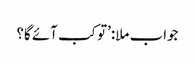
جواب ملا:’تو کب آئے گا؟